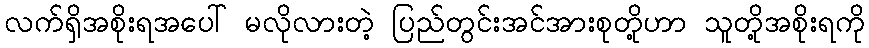
လက်ရှိအစိုးရအပေါ် မလိုလားတဲ့ ပြည်တွင်းအင်အားစုတို့ဟာ သူတို့အစိုးရကို